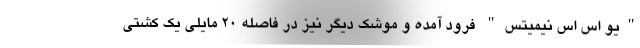
"یو اس اس نیمیتس" فرود آمده و موشک دیگر نیز در فاصله 20 مایلی یک کشتی